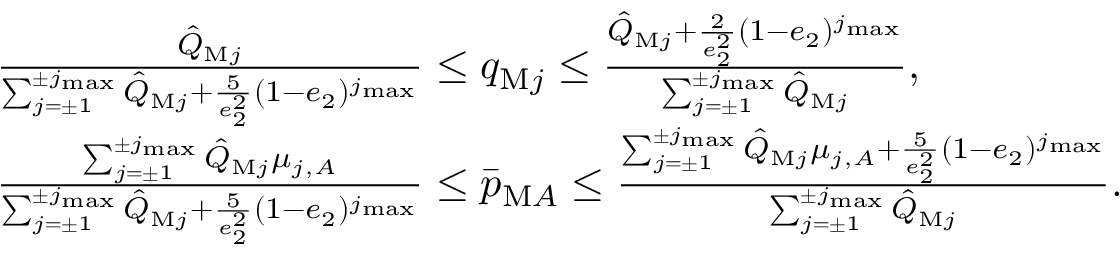
\begin{array} { r l } & { \frac { \hat { Q } _ { \mathrm { M } j } } { \sum _ { j = \pm 1 } ^ { \pm j _ { \operatorname* { m a x } } } \hat { Q } _ { \mathrm { M } j } + \frac { 5 } { e _ { 2 } ^ { 2 } } ( 1 - e _ { 2 } ) ^ { j _ { \operatorname* { m a x } } } } \le q _ { \mathrm { M } j } \le \frac { \hat { Q } _ { \mathrm { M } j } + \frac { 2 } { e _ { 2 } ^ { 2 } } ( 1 - e _ { 2 } ) ^ { j _ { \operatorname* { m a x } } } } { \sum _ { j = \pm 1 } ^ { \pm j _ { \operatorname* { m a x } } } \hat { Q } _ { \mathrm { M } j } } , } \\ & { \frac { \sum _ { j = \pm 1 } ^ { \pm j _ { \operatorname* { m a x } } } \hat { Q } _ { \mathrm { M } j } \mu _ { j , A } } { \sum _ { j = \pm 1 } ^ { \pm j _ { \operatorname* { m a x } } } \hat { Q } _ { \mathrm { M } j } + \frac { 5 } { e _ { 2 } ^ { 2 } } ( 1 - e _ { 2 } ) ^ { j _ { \operatorname* { m a x } } } } \le \bar { p } _ { \mathrm { M } A } \le \frac { \sum _ { j = \pm 1 } ^ { \pm j _ { \operatorname* { m a x } } } \hat { Q } _ { \mathrm { M } j } \mu _ { j , A } + \frac { 5 } { e _ { 2 } ^ { 2 } } ( 1 - e _ { 2 } ) ^ { j _ { \operatorname* { m a x } } } } { \sum _ { j = \pm 1 } ^ { \pm j _ { \operatorname* { m a x } } } \hat { Q } _ { \mathrm { M } j } } . } \end{array}